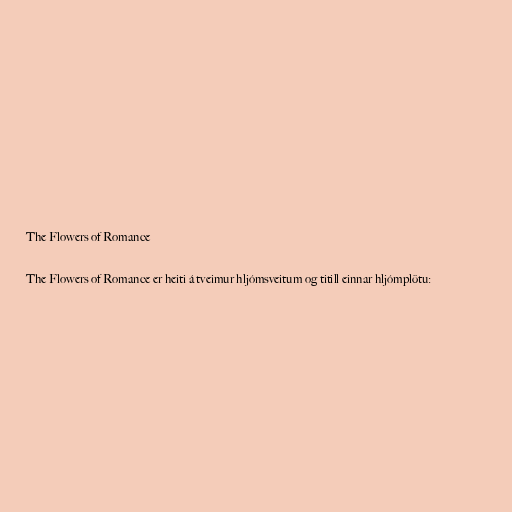
The Flowers of Romance

The Flowers of Romance er heiti á tveimur hljómsveitum og titill einnar hljómplötu: